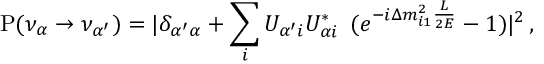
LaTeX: { \mathrm P } ( \nu _ { \alpha } \to \nu _ { \alpha ^ { \prime } } ) = | \delta _ { { \alpha ^ { \prime } } \alpha } + \sum _ { i } U _ { \alpha ^ { \prime } i } U _ { \alpha i } ^ { * } \, ~ ( e ^ { - i \Delta m _ { i 1 } ^ { 2 } \frac { L } { 2 E } } - 1 ) | ^ { 2 } \, ,